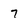
Character: 7